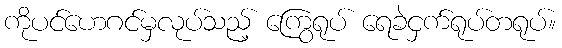
ကိုပင်ဟေဂင်မှလုပ်သည့် ကြွေရုပ် ရေခဲငှက်ရုပ်တရုပ်။